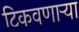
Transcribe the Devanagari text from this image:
टिकवणाऱ्या